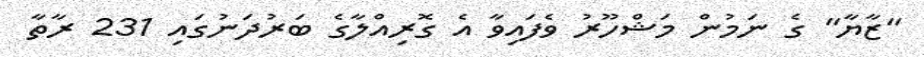
"ޒާޔާ" ގެ ނަމުން މަޝްހޫރު ވެފައިވާ އެ ގޮރިއްލާގެ ބަރުދަނުގައި 231 ރާތާ